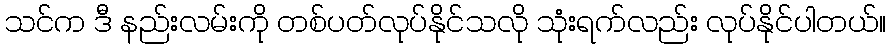
သင်က ဒီ နည်းလမ်းကို တစ်ပတ်လုပ်နိုင်သလို သုံးရက်လည်း လုပ်နိုင်ပါတယ်။